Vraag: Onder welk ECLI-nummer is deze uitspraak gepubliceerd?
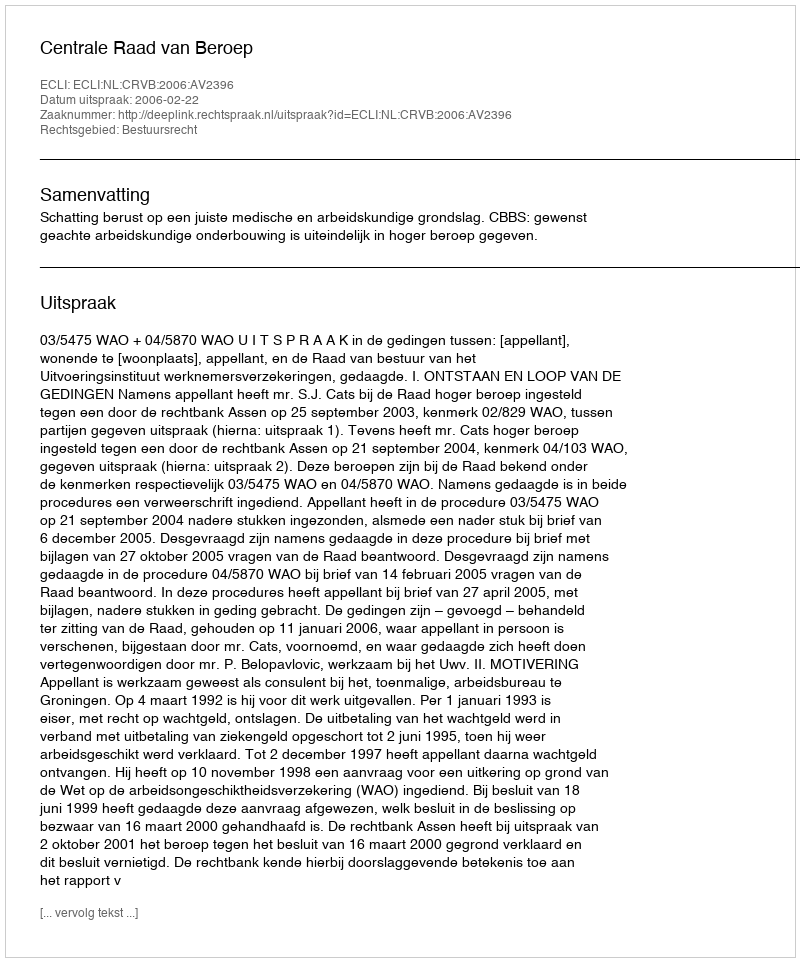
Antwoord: ECLI:NL:CRVB:2006:AV2396